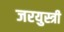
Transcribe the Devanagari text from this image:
जरयुस्त्री